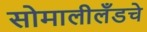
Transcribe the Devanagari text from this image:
सोमालीलँडचे